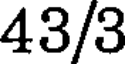
43/3